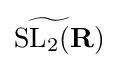
{\mathrm {S} {\widetilde {\mathrm {L} _{2}(}}\mathbf {R} )}